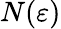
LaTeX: N(\varepsilon)